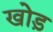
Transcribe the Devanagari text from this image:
खोड़